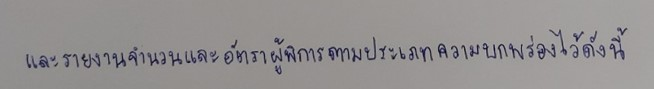
และรายงานจำนวนและอัตราผู้พิการตามประเภทความบกพร่องไว้ดังนี้